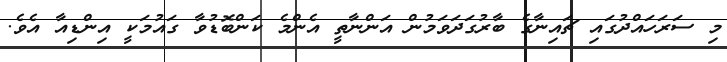
މި ސަރަހައްދުގައި ޗައިނާގެ ބާރުގަދަވަމުން އަންނާތީ އެންމެ ކަންބޮޑުވާ ގައުމަކީ އިންޑިއާ އެވެ.